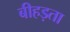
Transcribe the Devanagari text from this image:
बीहड़ता